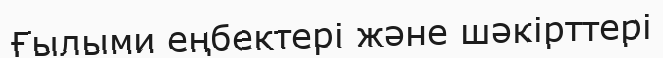
Ғылыми еңбектері жəне шəкірттері